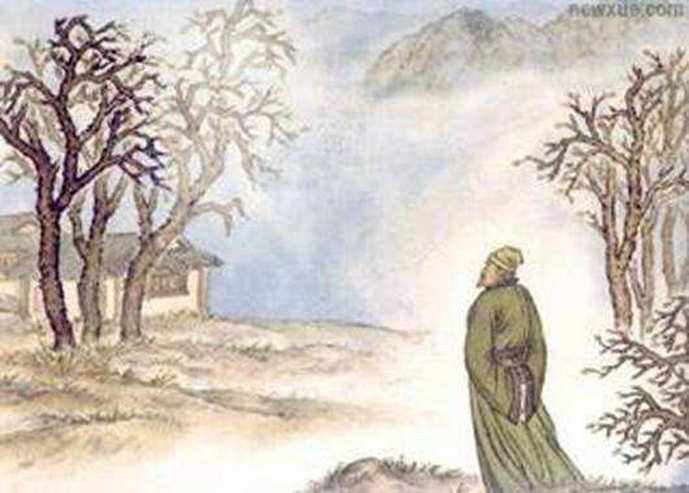
千载琵琶作胡语，分明怨恨曲中论。